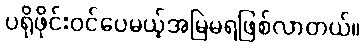
ပရိုဖိုင်းဝင်ပေမယ့်အမြဲမရဖြစ်လာတယ်။